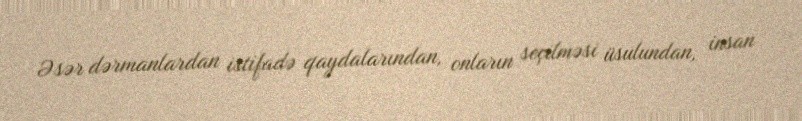
Əsər dərmanlardan istifadə qaydalarından, onların seçilməsi üsulundan, insan